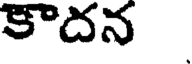
కౌదన